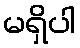
မရှိပါ